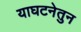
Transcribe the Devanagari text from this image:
याघटनेतुन